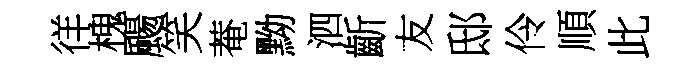
徉槐颺笑菴黝泗齗友邸伶順此